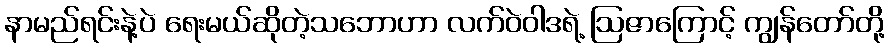
နာမည်ရင်းနဲ့ပဲ ရေးမယ်ဆိုတဲ့သဘောဟာ လက်ဝဲဝါဒရဲ့ ဩဇာကြောင့် ကျွန်တော်တို့